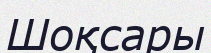
Шоқсары